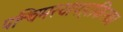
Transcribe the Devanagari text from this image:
पश्चिमस्यापहाकिंरक।